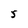
Character: 5